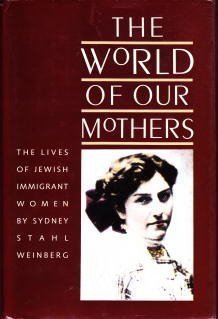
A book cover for The World of Our Mothers: The Lives of Jewish Immigrant Women; Sydney Stahl Weinberg; Politics & Social Sciences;